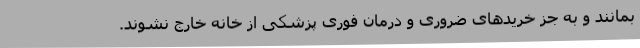
بمانند و به جز خریدهای ضروری و درمان فوری پزشکی از خانه خارج نشوند.